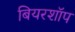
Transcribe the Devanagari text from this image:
बियरशॉप